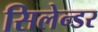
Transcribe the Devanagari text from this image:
सिलेन्डर